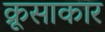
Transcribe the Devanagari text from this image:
क्रूसाकार